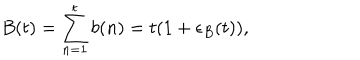
LaTeX: B ( t ) = \sum _ { n = 1 } ^ { t } b ( n ) = t ( 1 + \epsilon _ { B } ( t ) ) ,